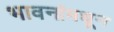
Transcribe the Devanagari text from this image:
भावनांमधून